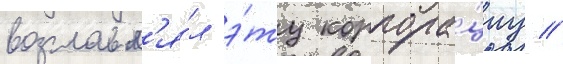
возглавл'я́л э́ту корпора́циу //